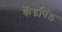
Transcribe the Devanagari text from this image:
केंद्रपिंड